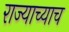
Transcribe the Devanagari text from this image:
राज्याच्याच